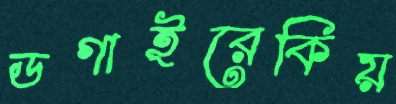
ডগাইরেকিয়